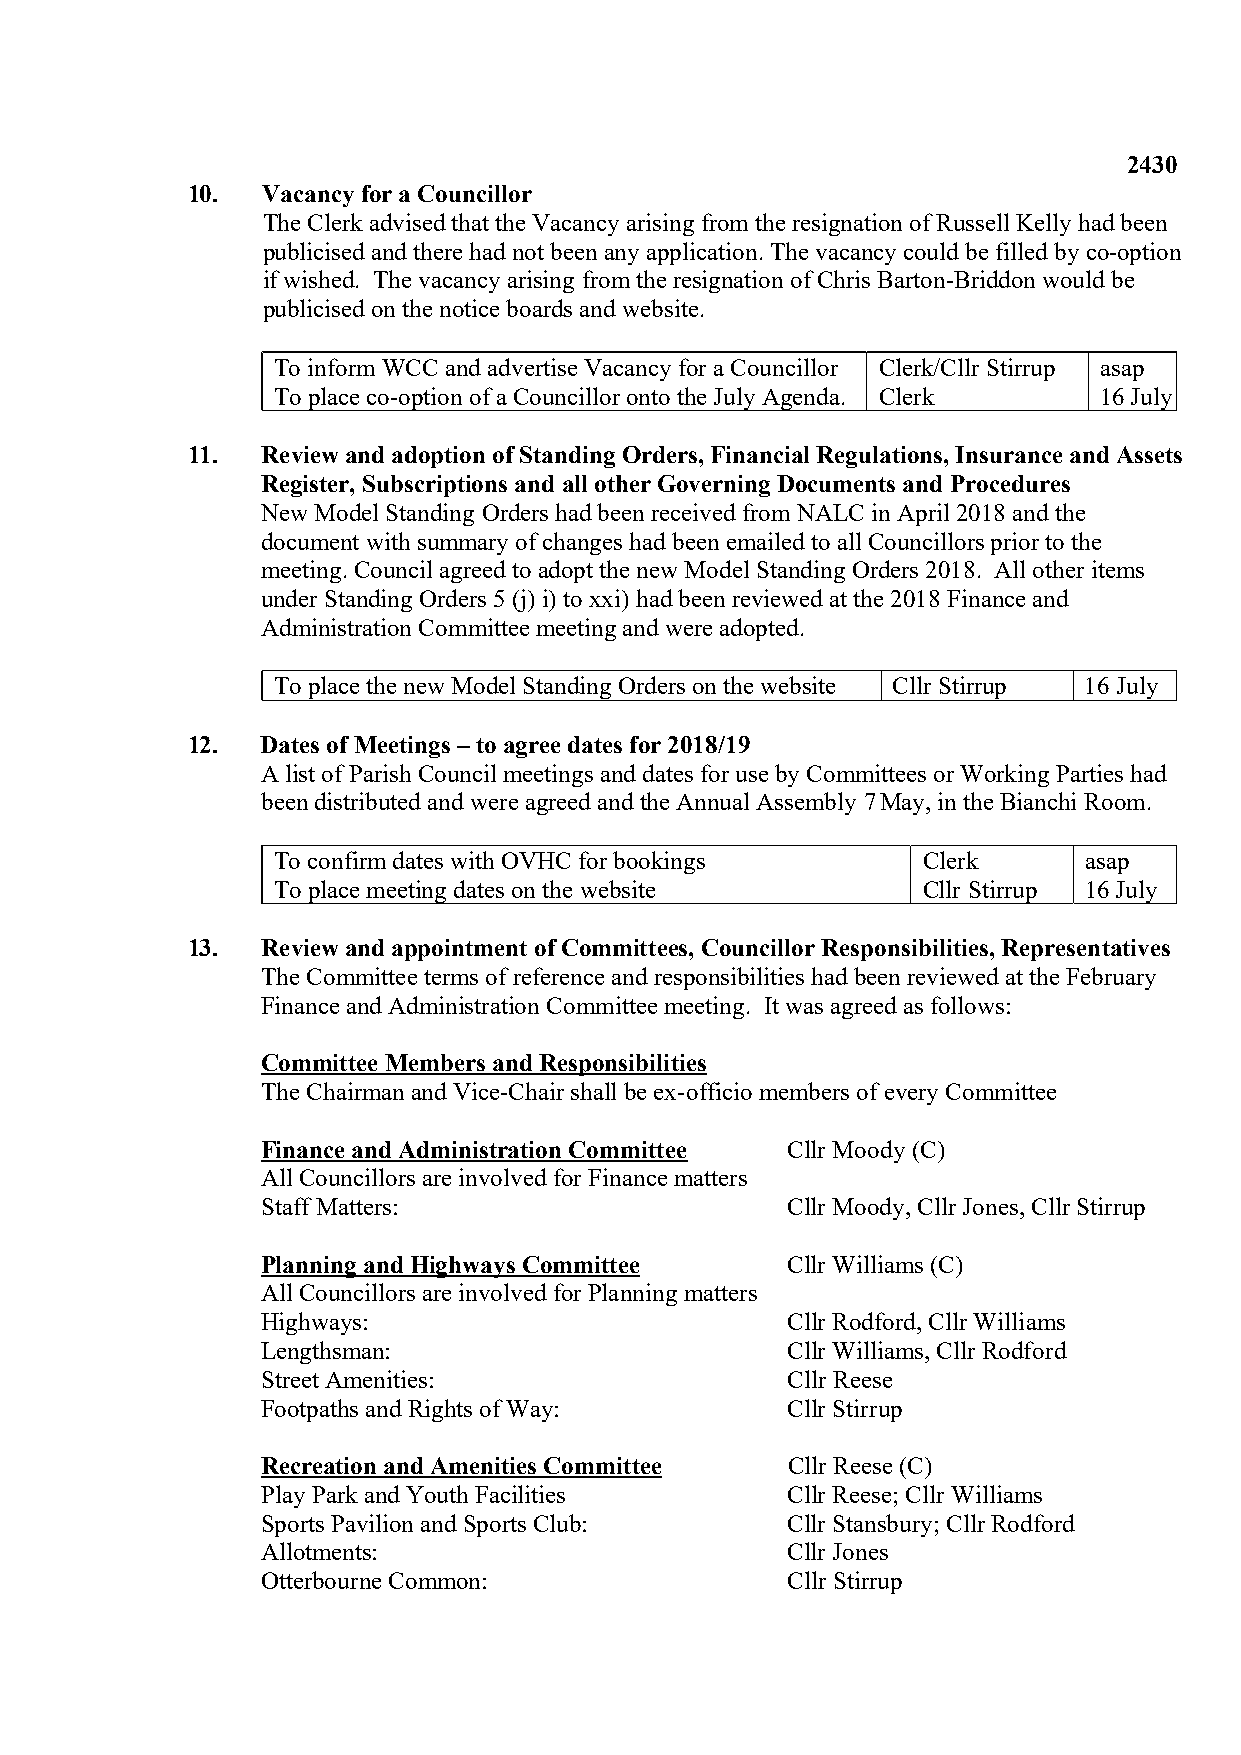
2430
 10.  Vacancy for a Councillor
 The Clerk advised that the Vacancy arising from the resignation of Russell Kelly had been
 publicised and there had not been any application. The vacancy could be filled by co-option
 if wished. The vacancy arising from the resignation of Chris Barton-Briddon would be
 publicised on the notice boards and website.
 To inform WCC and advertise Vacancy for a Councillor Clerk/Cllr Stirrup asap
 To place co-option of a Councillor onto the July Agenda. Clerk 16 July
 11.  Review and adoption of Standing Orders, Financial Regulations, Insurance and Assets
 Register, Subscriptions and all other Governing Documents and Procedures
 New Model Standing Orders had been received from NALC in April 2018 and the
 document with summary of changes had been emailed to all Councillors prior to the
 meeting. Council agreed to adopt the new Model Standing Orders 2018. All other items
 under Standing Orders 5 (j) i) to xxi) had been reviewed at the 2018 Finance and
 Administration Committee meeting and were adopted.
 To place the new Model Standing Orders on the website Cllr Stirrup 16 July
 12.  Dates of Meetings – to agree dates for 2018/19
 A list of Parish Council meetings and dates for use by Committees or Working Parties had
 been distributed and were agreed and the Annual Assembly 7 May, in the Bianchi Room.
 To confirm dates with OVHC for bookings    Clerk      asap
 To place meeting dates on the website      Cllr Stirrup 16 July
 13.  Review and appointment of Committees, Councillor Responsibilities, Representatives
 The Committee terms of reference and responsibilities had been reviewed at the February
 Finance and Administration Committee meeting. It was agreed as follows:
 Committee Members and Responsibilities
 The Chairman and Vice-Chair shall be ex-officio members of every Committee
 Finance and Administration Committee Cllr Moody (C)
 All Councillors are involved for Finance matters
 Staff Matters:                     Cllr Moody, Cllr Jones, Cllr Stirrup
 Planning and Highways Committee    Cllr Williams (C)
 All Councillors are involved for Planning matters
 Highways:                          Cllr Rodford, Cllr Williams
 Lengthsman:                        Cllr Williams, Cllr Rodford
 Street Amenities:                  Cllr Reese
 Footpaths and Rights of Way:       Cllr Stirrup
 Recreation and Amenities Committee Cllr Reese (C)
 Play Park and Youth Facilities     Cllr Reese; Cllr Williams
 Sports Pavilion and Sports Club:   Cllr Stansbury; Cllr Rodford
 Allotments:                        Cllr Jones
 Otterbourne Common:                Cllr Stirrup